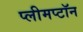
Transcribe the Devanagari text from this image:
प्लीमप्टॉन